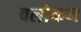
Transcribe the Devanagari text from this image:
वलोकन